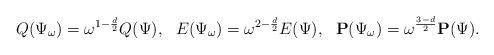
LaTeX: \begin{align*}Q(\Psi_{\omega})=\omega^{1-\frac{d}{2}}Q(\Psi),\ \ E(\Psi_{\omega})=\omega^{2-\frac{d}{2}}E(\Psi),\ \ \mathbf{P}(\Psi_{\omega})=\omega^{\frac{3-d}{2}}\mathbf{P}(\Psi).\end{align*}